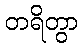
တရိတွာ